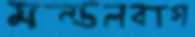
মন্ডলবাগ